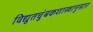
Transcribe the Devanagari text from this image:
विद्युतचुंबकशास्त्रानुसार